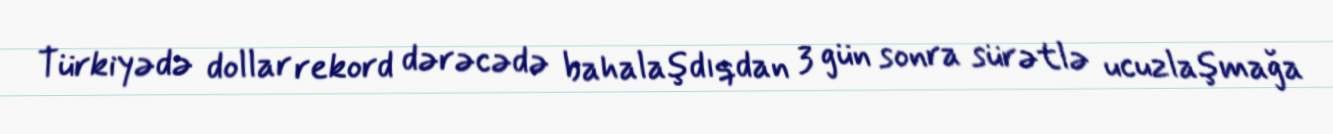
Türkiyədə dollar rekord dərəcədə bahalaşdıqdan 3 gün sonra sürətlə ucuzlaşmağa